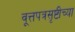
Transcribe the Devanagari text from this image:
वूत्तपत्रसृष्टीच्या